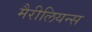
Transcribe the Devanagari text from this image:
मैरीलियन्स